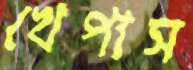
খেপাস